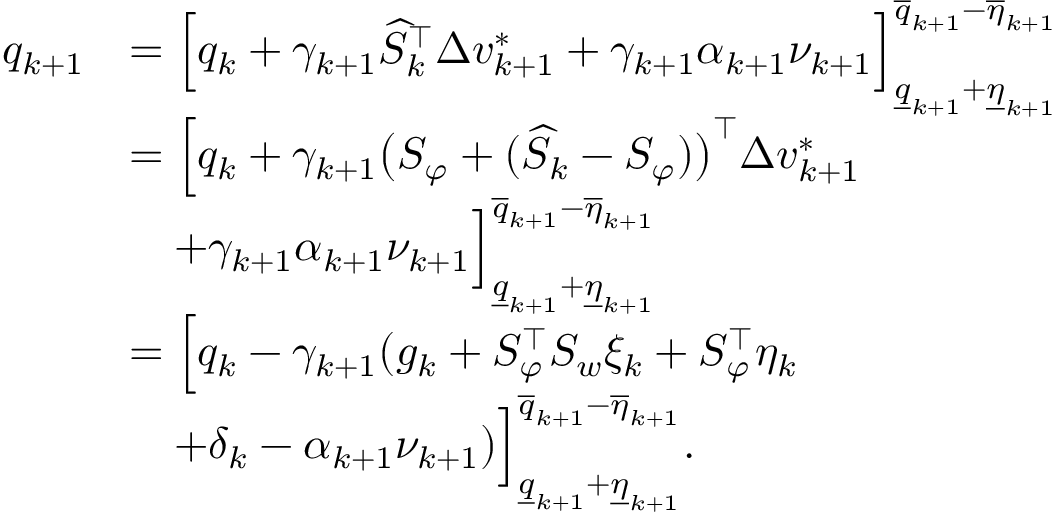
\begin{array} { r l } { q _ { k + 1 } } & { = \Big [ q _ { k } + \gamma _ { k + 1 } \widehat { S } _ { k } ^ { \top } \Delta v _ { k + 1 } ^ { * } + \gamma _ { k + 1 } \alpha _ { k + 1 } \nu _ { k + 1 } \Big ] _ { \underline { { q } } _ { k + 1 } + \underline { { \eta } } _ { k + 1 } } ^ { \overline { { q } } _ { k + 1 } - \overline { { \eta } } _ { k + 1 } } } \\ & { = \Big [ q _ { k } + \gamma _ { k + 1 } \big ( S _ { \varphi } + ( \widehat { S } _ { k } - S _ { \varphi } ) \big ) ^ { \top } \Delta v _ { k + 1 } ^ { * } } \\ & { \quad + \gamma _ { k + 1 } \alpha _ { k + 1 } \nu _ { k + 1 } \Big ] _ { \underline { { q } } _ { k + 1 } + \underline { { \eta } } _ { k + 1 } } ^ { \overline { { q } } _ { k + 1 } - \overline { { \eta } } _ { k + 1 } } } \\ & { = \Big [ q _ { k } - \gamma _ { k + 1 } ( { g _ { k } } + S _ { \varphi } ^ { \top } S _ { w } { \xi _ { k } } + S _ { \varphi } ^ { \top } \eta _ { k } } \\ & { \quad + \delta _ { k } - \alpha _ { k + 1 } \nu _ { k + 1 } ) \Big ] _ { \underline { { q } } _ { k + 1 } + \underline { { \eta } } _ { k + 1 } } ^ { \overline { { q } } _ { k + 1 } - \overline { { \eta } } _ { k + 1 } } . } \end{array}